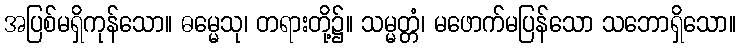
အပြစ်မရှိကုန်သော။ ဓမ္မေသု၊ တရားတို့၌။ သမ္မတ္တံ၊ မဖောက်မပြန်သော သဘောရှိသော။